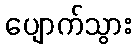
ပျောက်သွား